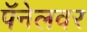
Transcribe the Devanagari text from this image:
पॅनेलवर